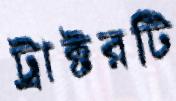
ট্রাক্টরটি